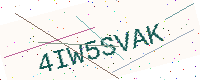
Text: 4IW5SVAK